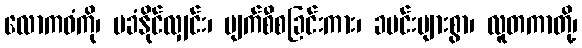
လောကဓံကို၊ မခံနိုင်လျှင်း၊ ပျက်စီစခြင်းကား၊ ခပင်းများစွာ၊ လူတကာတို့၊